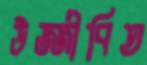
উজ্জীবিত